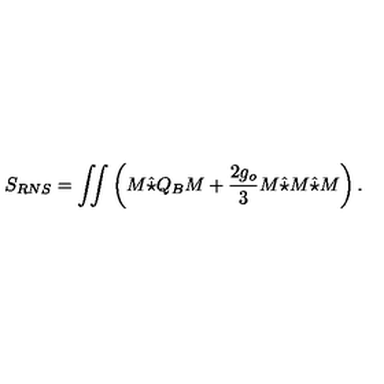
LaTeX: S _ { R N S } = \int \! \! \! \int \left( M \hat { \star } Q _ { B } M + \frac { 2 g _ { o } } { 3 } M \hat { \star } M \hat { \star } M \right) .